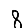
Digit: 8